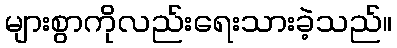
များစွာကိုလည်းရေးသားခဲ့သည်။